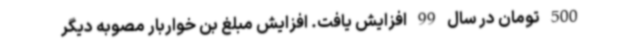
500 تومان در سال 99 افزایش یافت. افزایش مبلغ بن خواربار مصوبه دیگر